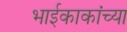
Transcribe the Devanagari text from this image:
भाईकाकांच्या